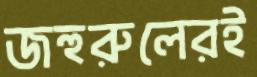
জহুরুলেরই